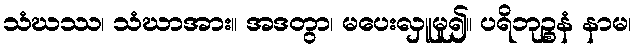
သံဃဿ၊ သံဃာအား။ အဒတွာ၊ မပေးလှူမူ၍။ ပရိဘုဉ္စနံ နာမ၊